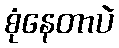
စုံနေတာပဲ